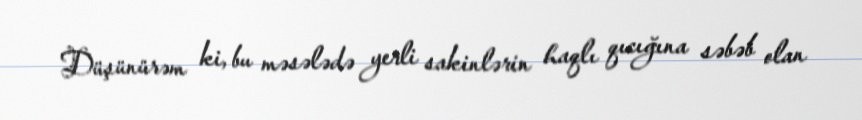
Düşünürəm ki, bu məsələdə yerli sakinlərin haqlı qıcığına səbəb olan